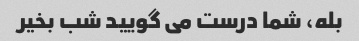
بله، شما درست می گویید شب بخیر